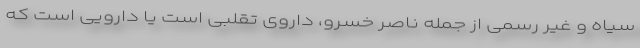
سیاه و غیر رسمی از جمله ناصر خسرو، داروی تقلبی است یا دارویی است که